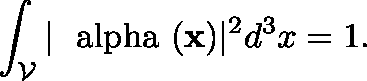
\int _ { \cal V } | { \mathrm { \boldmath ~ \ a l p h a ~ } } ( { \bf x } ) | ^ { 2 } d ^ { 3 } x = 1 .